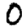
Digit: 0